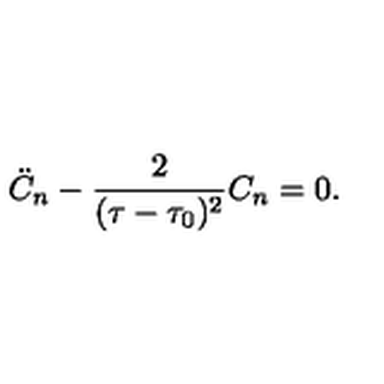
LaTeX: \ddot { C } _ { n } - \frac { 2 } { ( \tau - \tau _ { 0 } ) ^ { 2 } } C _ { n } = 0 .